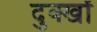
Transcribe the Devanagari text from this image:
दुक्खों